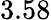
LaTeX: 3.58